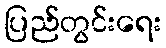
ပြည်တွင်းရေး